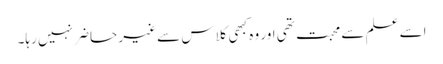
اسے علم سے محبت تھی اور وہ کبھی کلاس سے غیر حاضر نہیں رہا۔